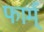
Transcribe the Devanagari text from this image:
फार्म्